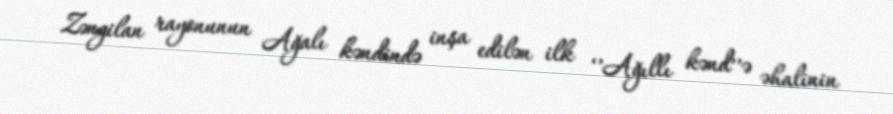
Zəngilan rayonunun Ağalı kəndində inşa edilən ilk ‘’Ağıllı kənd’’ə əhalinin